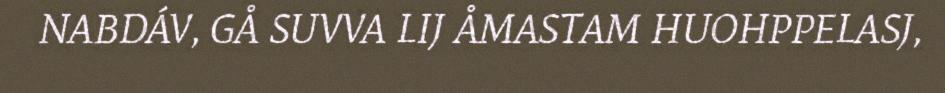
NABDÁV, GÅ SUVVA LIJ ÅMASTAM HUOHPPELASJ,